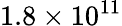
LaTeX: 1.8\times 10^{11}